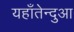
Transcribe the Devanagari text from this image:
यहाँतेन्दुआ